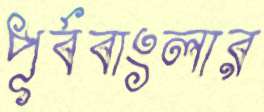
পূর্ববাংলার